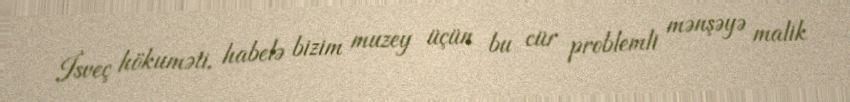
İsveç hökuməti, habelə bizim muzey üçün bu cür problemli mənşəyə malik